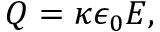
Q = \kappa \epsilon _ { 0 } E ,